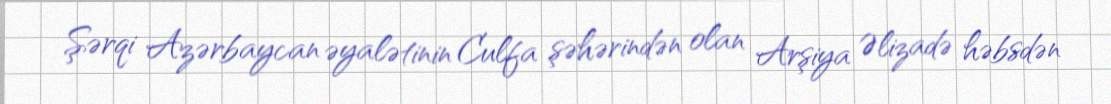
Şərqi Azərbaycan əyalətinin Culfa şəhərindən olan Arşiya Əlizadə həbsdən